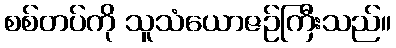
စစ်တပ်ကို သူသံယောဇဉ်ကြီးသည်။